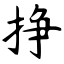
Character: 挣